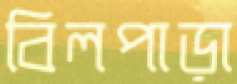
বিলপাড়া